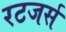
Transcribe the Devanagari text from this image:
रटजर्स